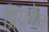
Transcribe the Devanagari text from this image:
प्रियमेघ